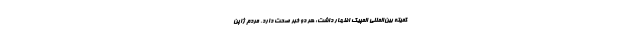
کمیته بین‌المللی المپیک اظهار داشت: هر دو خبر صحت دارد. مردم ژاپن